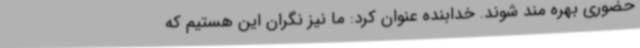
حضوری بهره مند شوند. خدابنده عنوان کرد: ما نیز نگران این هستیم که